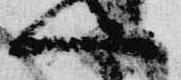
一